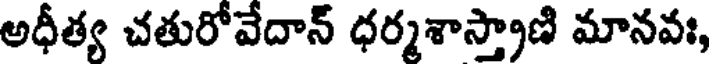
అధీత్య చతురోవేదాన్ ధర్మశాస్త్రాణి మానవః,